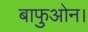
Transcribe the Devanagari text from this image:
बाफुओन।